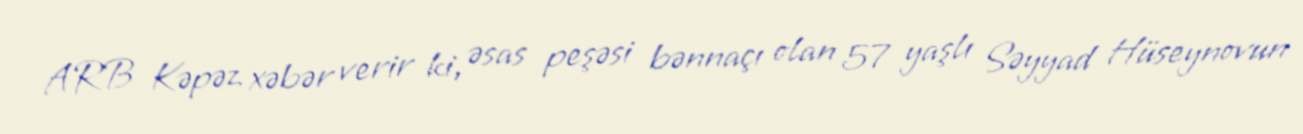
ARB Kəpəz xəbər verir ki, əsas peşəsi bənnaçı olan 57 yaşlı Səyyad Hüseynovun